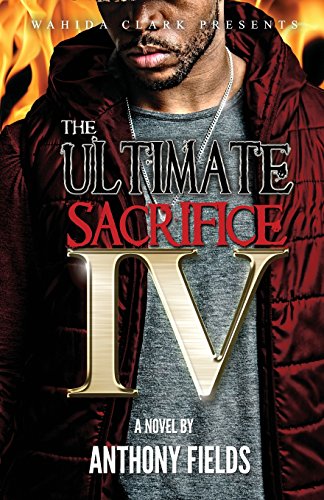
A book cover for THE ULTIMATE SACRIFICE IV; Anthony Fields; Literature & Fiction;